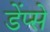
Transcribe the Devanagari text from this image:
डेंप्से